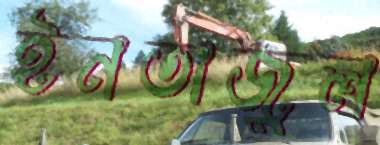
ইনতাজুল